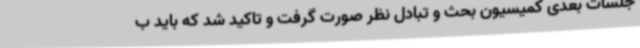
جلسات بعدی کمیسیون بحث و تبادل نظر صورت گرفت و تاکید شد که باید ب